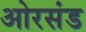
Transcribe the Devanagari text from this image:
ओरसंड